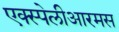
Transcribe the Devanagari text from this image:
एक्स्पेलीआरमस